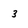
Character: 3